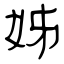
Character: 姊